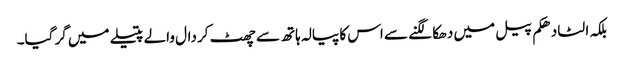
بلکہ الٹا دھکم پیل میں دھکا لگنے سے اس کا پیالہ ہاتھ سے چھٹ کر دال والے پتیلے میں گر گیا۔